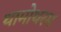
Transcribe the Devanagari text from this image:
थामोथरम